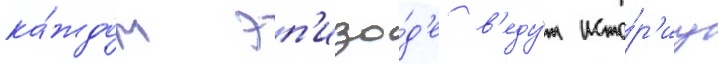
ка́ждом эп'изо́д'е в'еду́т исто́р'иу